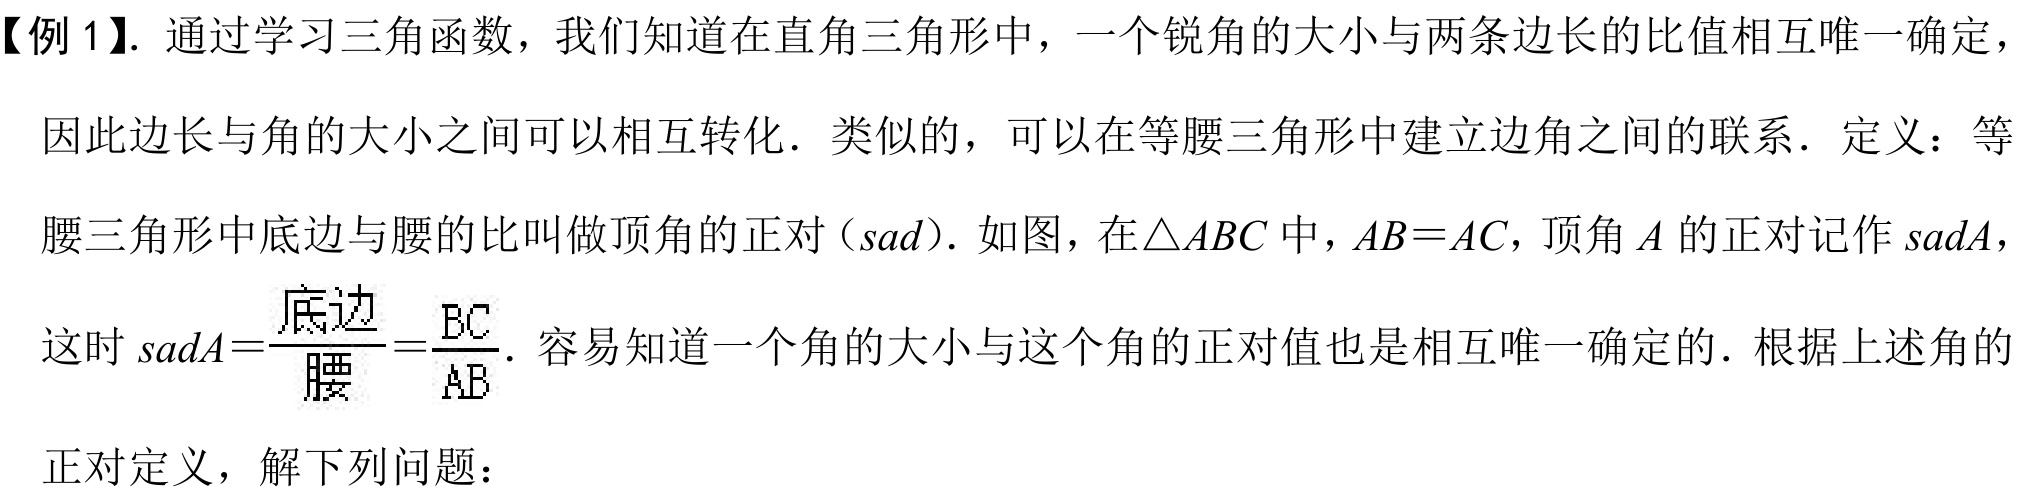
【例 1】. 通过学习三角函数，我们知道在直角三角形中，一个锐角的大小与两条边长的比值相互唯一确定，因此边长与角的大小之间可以相互转化．类似的，可以在等腰三角形中建立边角之间的联系．定义：等腰三角形中底边与腰的比叫做顶角的正对（\(sad\)）．如图，在\(\triangle ABC\) 中，\(AB = AC\)，顶角 \(A\) 的正对记作 \(sadA\)，这时 \(sadA=\dfrac{\text{底边}}{\text{腰}}=\dfrac{BC}{AB}\)．容易知道一个角的大小与这个角的正对值也是相互唯一确定的．根据上述角的正对定义，解下列问题：